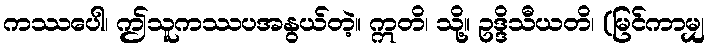
ကဿပေါ၊ ဤသူကဿပအနွယ်တဲ့။ ဣတိ၊ သို့။ ဥဒ္ဒိသီယတိ၊ (မြင်ကာမျှ